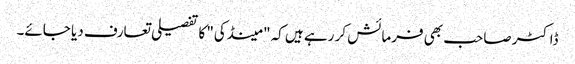
ڈاکٹر صاحب بھی فرمائش کر رہے ہیں کہ "مینڈکی" کا تفصیلی تعارف دیا جائے۔